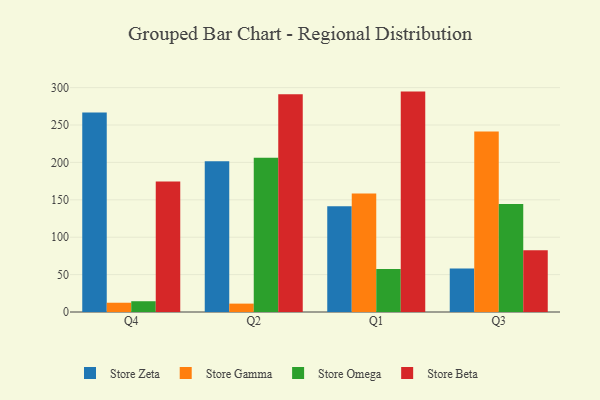
{"axis": {"x": "Quarter", "y": "Gross Profit (USD K)"}, "legend": ["Store Beta", "Store Gamma", "Store Omega", "Store Zeta"], "data": [{"x": "Q4", "y": 266.8, "type": "Store Zeta"}, {"x": "Q4", "y": 12.4, "type": "Store Gamma"}, {"x": "Q4", "y": 14.4, "type": "Store Omega"}, {"x": "Q4", "y": 174.4, "type": "Store Beta"}, {"x": "Q2", "y": 201.7, "type": "Store Zeta"}, {"x": "Q2", "y": 11.2, "type": "Store Gamma"}, {"x": "Q2", "y": 206.4, "type": "Store Omega"}, {"x": "Q2", "y": 291.2, "type": "Store Beta"}, {"x": "Q1", "y": 141.4, "type": "Store Zeta"}, {"x": "Q1", "y": 158.6, "type": "Store Gamma"}, {"x": "Q1", "y": 57.4, "type": "Store Omega"}, {"x": "Q1", "y": 294.7, "type": "Store Beta"}, {"x": "Q3", "y": 58.3, "type": "Store Zeta"}, {"x": "Q3", "y": 241.3, "type": "Store Gamma"}, {"x": "Q3", "y": 144.4, "type": "Store Omega"}, {"x": "Q3", "y": 82.7, "type": "Store Beta"}]}